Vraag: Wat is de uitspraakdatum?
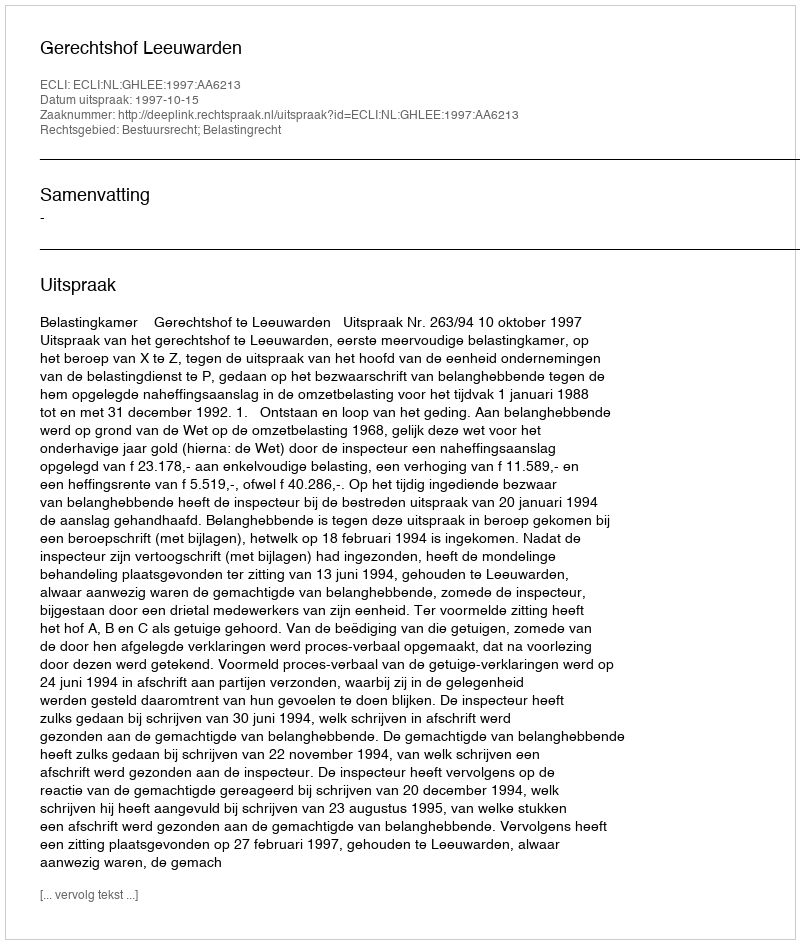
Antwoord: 1997-10-15